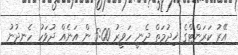
އޭރު ކަރަންޓްގެ ޚިދުމަތް ދެނީ ހަވީރު 5:00 ން އަނެއް ދުވަހު ހެނދުނު